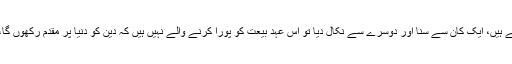
اگر ہم میں سے بعض لوگ یا خطبات اور تقاریر نہیں سنتے یا سنتے ہیں اور بے دلی سے سنتے ہیں، ایک کان سے سنا اور دوسرے سے نکال دیا تو اُس عہدِ بیعت کو پورا کرنے والے نہیں ہیں کہ دین کو دنیا پر مقدم رکھوں گا، جو بھی معروف فیصلہ فرمائیں گے، اُس کی پابندی کروں گا، اُس کی کامل اطاعت کروں گا۔